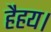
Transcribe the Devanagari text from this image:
हैहय।